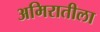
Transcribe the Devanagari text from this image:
अमिरातीला